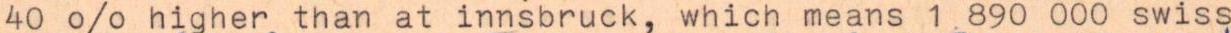
40 % higher than at innsbruck, which means 1890 000 swiss